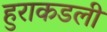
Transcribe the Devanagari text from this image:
हुराकडली